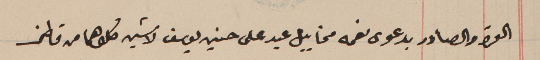
القرار الصادر بدعوى نعمه مخاييل عيد على حسين يوسف لاشين كلاهما من قاطن